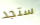
ستجد